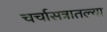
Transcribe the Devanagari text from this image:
चर्चासत्रातल्या